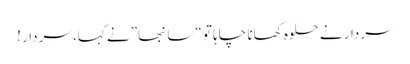
سردار نے حلوہ کھانا چاہا تو “سانبھا” نے کہا، سردار !